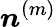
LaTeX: {\boldsymbol n}^{(m)}